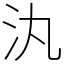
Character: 汍